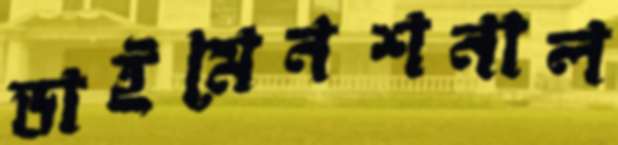
ডাইমেনশনাল